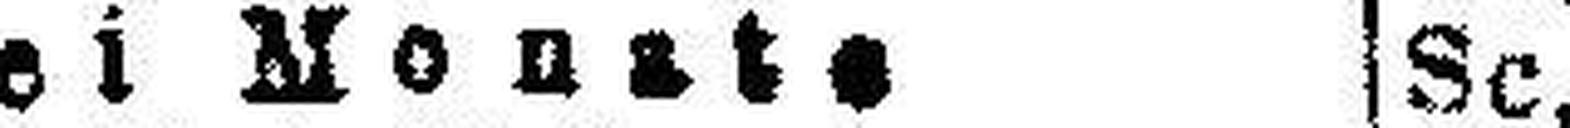
Drei Monate Sc.